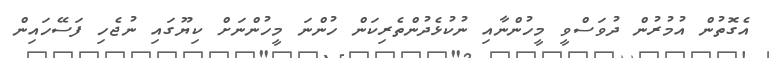
އެގޮތުން އުމުރުން ދުވަސްވީ މީހުންނާއި ނުކުޅެދުންތެރިކަން ހުންނަ މީހުންނަށް ކިޔޫގައި ނުޖެހި ފަސޭހައިން